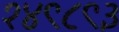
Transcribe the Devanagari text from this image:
१४९८९३